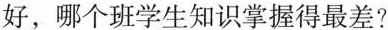
好，哪个班学生知识掌握得最差？